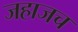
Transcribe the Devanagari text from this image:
जहाजच